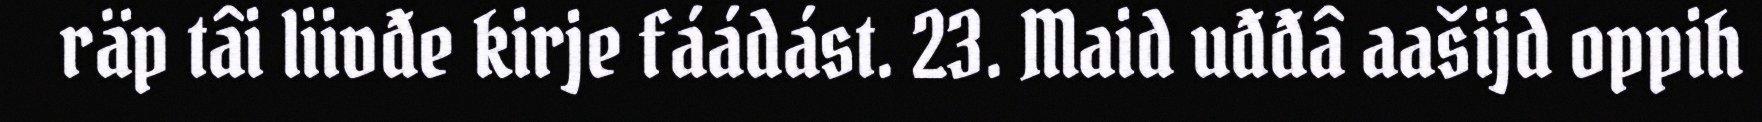
räp tâi liivđe kirje fáádást. 23. Maid uđđâ aašijd oppih